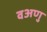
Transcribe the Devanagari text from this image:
वअणु